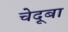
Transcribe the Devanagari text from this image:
चेदूबा